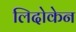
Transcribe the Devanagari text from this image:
लिदोकेन